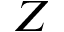
Z